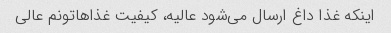
اینکه غذا داغ ارسال می‌شود عالیه، کیفیت غذاهاتونم عالی